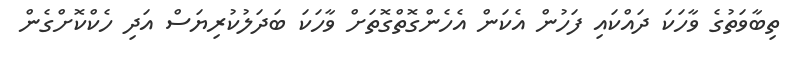
ތިބާވަތުގެ ވާހަކަ ދައްކައި ފަހުން އެކަން އެހެންގޮތްގޮތަށް ވާހަކަ ބަދަލުކުރިޔަސް އަދި ހެކްކޮށްގެން